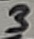
Text: 3